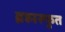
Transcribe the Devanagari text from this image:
ब्रह्मस्फुत